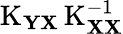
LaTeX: \operatorname{K}_{\mathbf{YX}}\operatorname{K}_{\mathbf{XX}}^{-1}